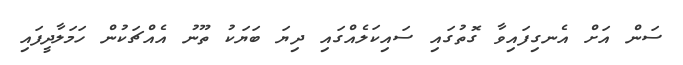
ސަން އަށް އެނގިފައިވާ ގޮތުގައި ސައިކަލެއްގައި ދިޔަ ބަޔަކު ތޫނު އެއްޗަކުން ހަމަލާދީފައި